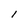
Character: 1